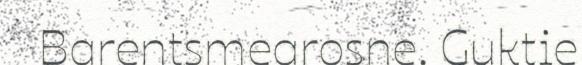
Barentsmearosne. Guktie